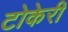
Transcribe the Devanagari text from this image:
टोकेरी